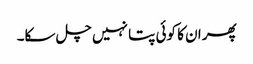
پھر ان کا کوئی پتا نہیں چل سکا۔